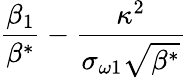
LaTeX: \frac{\beta_{1}}{\beta^{*}}-\frac{\kappa^{2}}{\sigma_{\omega 1}\sqrt{\beta^{*}}}